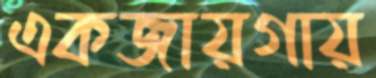
একজায়গায়